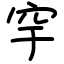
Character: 穻